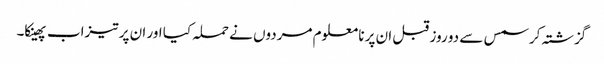
گزشتہ کرسمس سے دو روز قبل ان پر نا معلوم مردوں نے حملہ کیا اور ان پر تیزاب پھینکا۔